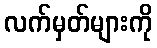
လက်မှတ်များကို